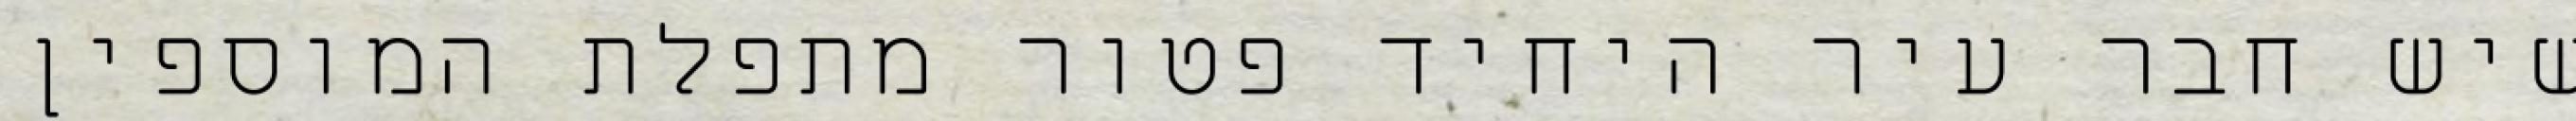
שיש חבר עיר היחיד פטור מתפלת המוספין